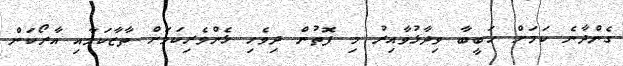
ގެންދާނެ ކަމަށް ހަބީބާ ވިދާޅުވާއިރު މި ފޮތުން ދިވެހި ޅެންވެރިކަމަށް ތާޒާކަމާއި އާރޯކަން